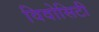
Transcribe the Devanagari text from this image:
विवोसिटी